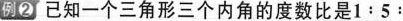
例②已知一个三角形三个内角的度数比是$$1：5：$$